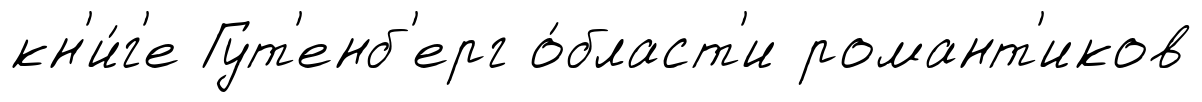
кн'и́г'е Гут'енб'ерг о́бласт'и романт'иков